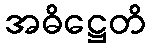
အဓိဋ္ဌေတိ